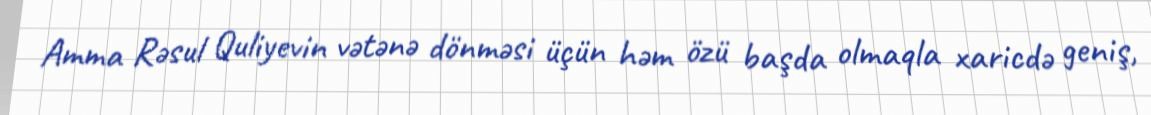
Amma Rəsul Quliyevin vətənə dönməsi üçün həm özü başda olmaqla xaricdə geniş,